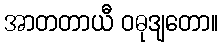
အာတတာယီ ဝဓုဒျတော။